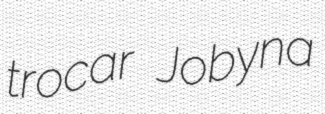
trocar Jobyna